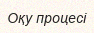
Оқу процесі